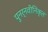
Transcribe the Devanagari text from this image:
पुनर्नवीनिकृत